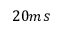
2 0 m s